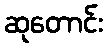
ဆုတောင်း